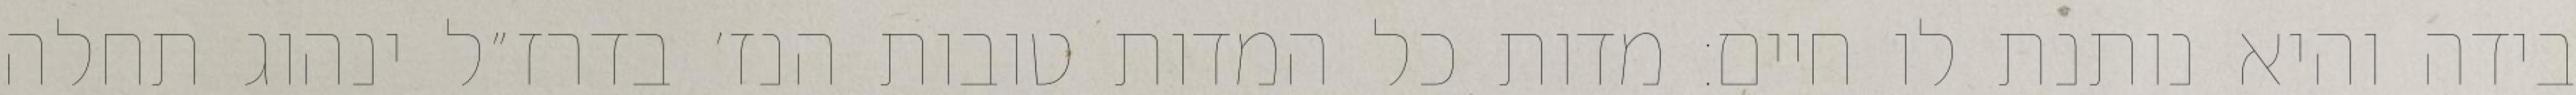
בידה והיא נותנת לו חיים: מדות כל המדות טובות הנז׳ בדרז״ל ינהוג תחלה